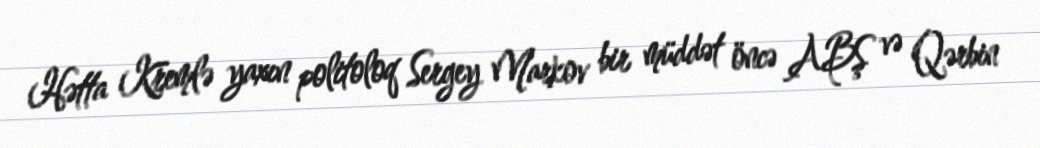
Hətta Kremlə yaxın politoloq Sergey Markov bir müddət öncə ABŞ və Qərbin